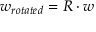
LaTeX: w _ { r o t a t e d } = R \cdot w